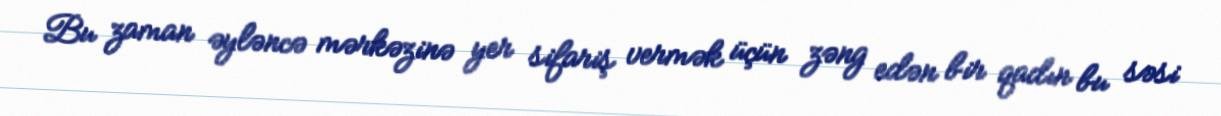
Bu zaman əyləncə mərkəzinə yer sifariş vermək üçün zəng edən bir qadın bu səsi